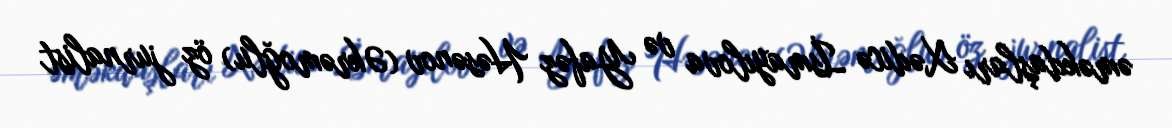
əməkdaşları Xədicə İsmayılova və Yafəz Həsənov (Əkrəmoğlu) öz jurnalist